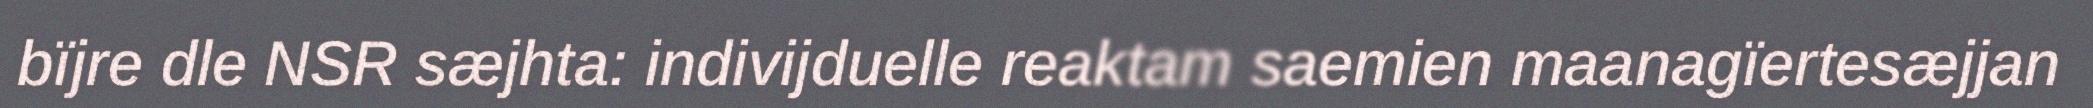
bïjre dle NSR sæjhta: indivijduelle reaktam saemien maanagïertesæjjan